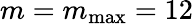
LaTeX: m=m_{\mathrm{max}}=12